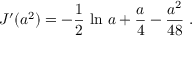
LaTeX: J ^ { \prime } ( a ^ { 2 } ) = - { \frac { 1 } { 2 } } \, \ln \, a + { \frac { a } { 4 } } - { \frac { a ^ { 2 } } { 4 8 } } \; .